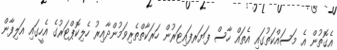
އެގޮތުން އެ މަސައްކަތުގައި އެތައް ހާސް ފަޔަރފައިޓަރުން ހަރަކާތްތެރިވަމުންދާއިރު ހެލިކޮޕްޓަރުގެ އެހީގައި އަލިފާން